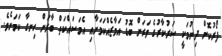
ފޯރުކޮށް ދިނުމަކީ ސަރުކާރުގެ ވަރަށް ބޮޑު އަމާޒެއްކަމަށާއި އެމަސައްކަތް ބާރަށް ހިނގާ ކަމަށެވެ.